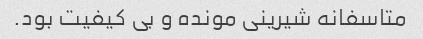
متاسفانه شیرینی مونده و بی کیفیت بود.